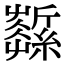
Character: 𦆰